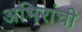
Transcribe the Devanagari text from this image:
अभिरांची